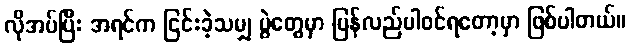
လိုအပ်ပြီး အရင်က ငြင်းခဲ့သမျှ ပွဲတွေမှာ ပြန်လည်ပါဝင်ရတော့မှာ ဖြစ်ပါတယ်။